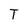
Character: T